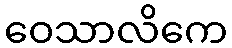
ဝေသာလိကေ